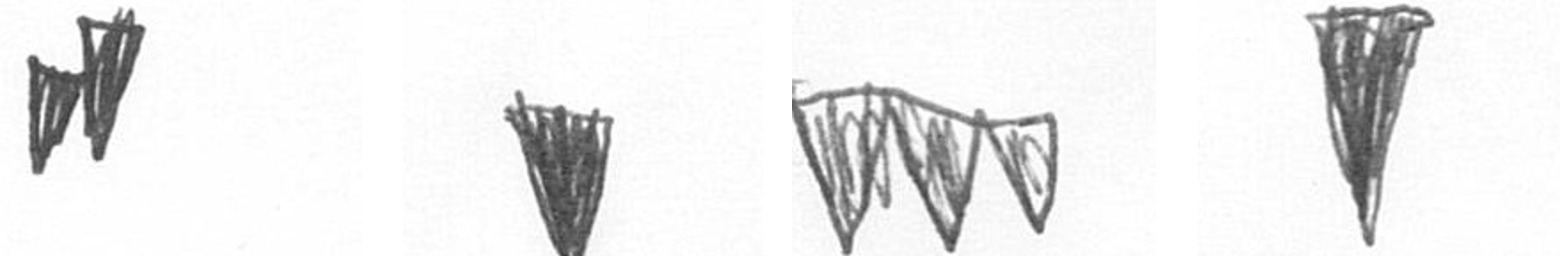
M J L J